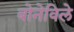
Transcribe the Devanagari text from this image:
बोनेविले